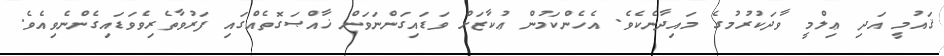
ޤައުމީ އަދި ޢިލްމީ ވާދަކުރުމުގެ މައިދާނެކެވެ. އެހެންކަމުން ޢުކާޒަށް ވަޑައިގަންނަވަން ޚާއްޞަގޮތެއްގައި ފަރުވާތެރިވެވަޑައިގެންނެވިއެވެ.